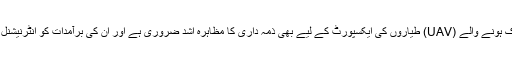
مشترکہ بیان میں یہ بھی واضح کیا گیا کہ بغیر کسی انسان کے فضا میں متحرک ہونے والے (UAV) طیاروں کی ایکسپورٹ کے لیے بھی ذمہ داری کا مظاہرہ اشد ضروری ہے اور ان کی برآمدات کو انٹرنیشنل آرمز کنٹرول اور انسداد اسلحہ سازی کی اقدار کے تناظر میں پابند رکھنا ہو گا۔